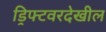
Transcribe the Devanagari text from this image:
ड्रिफ्टवरदेखील